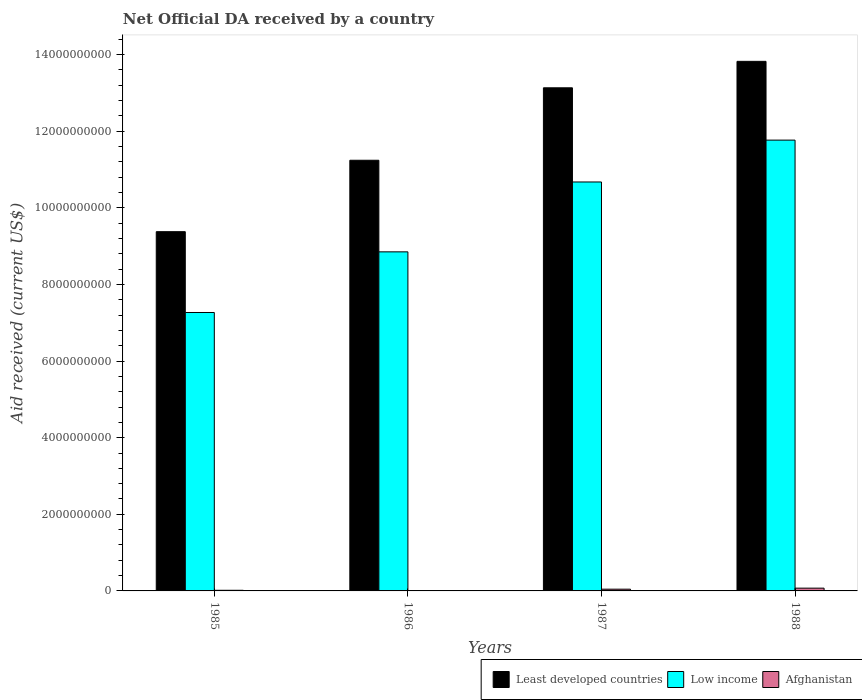
| Years | Least developed countries | Low income | Afghanistan |
 | --- | --- | --- | --- |
 | 1985 | 9.38e+09 | 7.27e+09 | 1.63e+07 |
 | 1986 | 1.12e+10 | 8.85e+09 | 1.91e+06 |
 | 1987 | 1.31e+10 | 1.07e+10 | 4.53e+07 |
 | 1988 | 1.38e+10 | 1.18e+10 | 7.24e+07 |